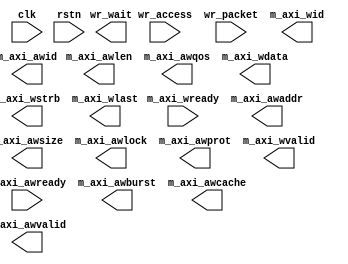
/// \file this is the concept of transaction level verification

module emaxi_trans(input clk, input rstn, 
  input wr_access, 
  input [104-1:0] wr_packet, 

  input m_axi_awready,
  input m_axi_wready,

  output              wr_wait,
  output [104-1:0]    m_axi_awid,    // write address ID
  output [31 : 0]     m_axi_awaddr,  // master interface write address   
  output [7 : 0]      m_axi_awlen,   // burst length.
  output [2 : 0]      m_axi_awsize,  // burst size.
  output [1 : 0]      m_axi_awburst, // burst type.
  output              m_axi_awlock,  // lock type   
  output [3 : 0]      m_axi_awcache, // memory type.
  output [2 : 0]      m_axi_awprot,  // protection type.
  output [3 : 0]      m_axi_awqos,   // quality of service
  output              m_axi_awvalid, // write address valid

  output [104-1:0]    m_axi_wid,     
  output [63 : 0]     m_axi_wdata,   // master interface write data.
  output [7 : 0]      m_axi_wstrb,   // byte write strobes
  output              m_axi_wlast,   // last transfer in a write burst.
  output              m_axi_wvalid   // indicates data is ready to go

  );


// set to 5 when initially wr_access and ~wr_wait (avoid repetition)
// when ever sees a m_axi_awready & m_axi_awvalid , --
// the match is (exists counter > 0) --> eq?


// when wr_access is true , if ~wr_wait, the output should be the same as desired within a certain boundary


endmodule // emaxi_trans